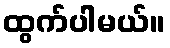
ထွက်ပါမယ်။